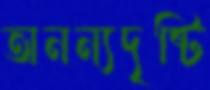
অনন্যদৃষ্টি